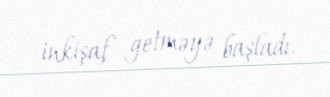
inkişaf getməyə başladı.